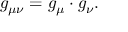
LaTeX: g _ { \mu \nu } = g _ { \mu } \cdot g _ { \nu } .